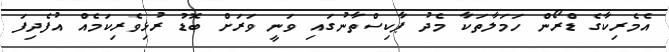
އެމެރިކާގެ ޑްރޯން ހަމަލާތަކާ މެދު ޕާކިސްތާނުގައި ވަނީ ވަރަށް ބޮޑު ރުޅިވެރިކަމެއް އުފެދިފަ